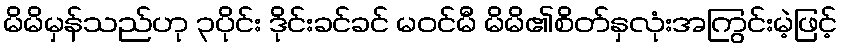
မိမိမှန်သည်ဟု ၃ပိုင်း ဒိုင်းခင်ခင် မဝင်မီ မိမိ၏စိတ်နှလုံးအကြွင်းမဲ့ဖြင့်